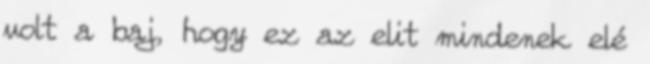
volt a baj, hogy ez az elit mindenek elé